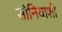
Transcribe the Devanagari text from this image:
सोनियाशी